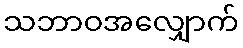
သဘာဝအလျှောက်